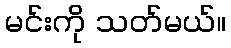
မင်းကို သတ်မယ်။